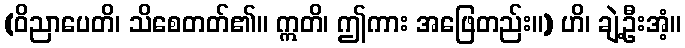
(ဝိညာပေတိ၊ သိစေတတ်၏။ ဣတိ၊ ဤကား အဖြေတည်း။) ဟိ၊ ချဲ့ဦးအံ့။